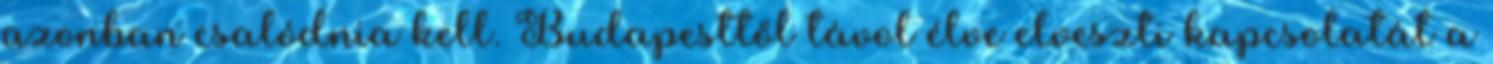
azonban csalódnia kell. Budapesttől távol élve elveszti kapcsolatát a